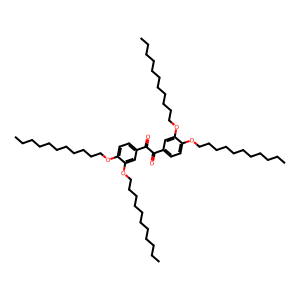
SMILES: CCCCCCCCCCCOc1ccc(C(=O)C(=O)c2ccc(OCCCCCCCCCCC)c(OCCCCCCCCCCC)c2)cc1OCCCCCCCCCCC
Inhibits HIV replication: No